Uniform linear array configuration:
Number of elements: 4
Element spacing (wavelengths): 1
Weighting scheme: hann
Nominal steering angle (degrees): -30
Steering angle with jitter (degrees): -30.35
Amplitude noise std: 0.05
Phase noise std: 0.05

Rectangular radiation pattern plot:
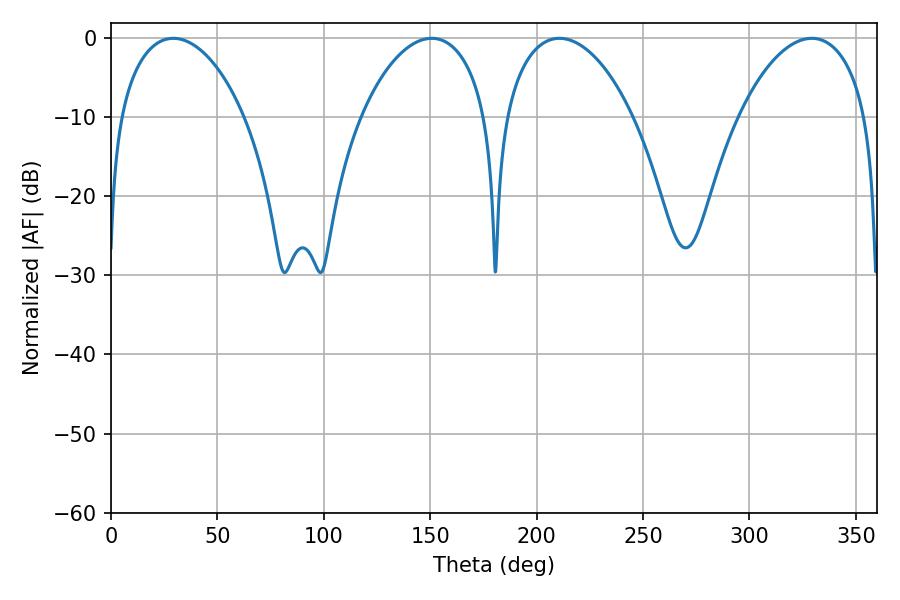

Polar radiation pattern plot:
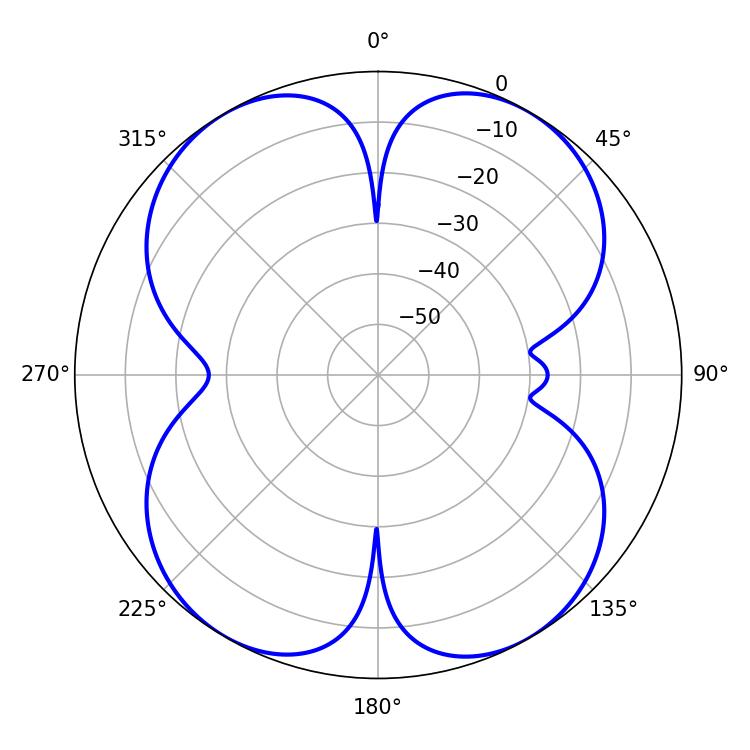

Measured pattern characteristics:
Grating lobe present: TRUE
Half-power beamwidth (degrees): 33.66
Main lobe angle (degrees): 29.34